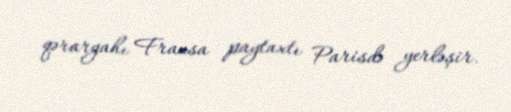
qərargahı Fransa paytaxtı Parisdə yerləşir.